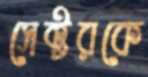
সেক্টরকে